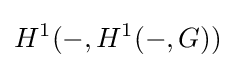
H^{1}(-,H^{1}(-,G))